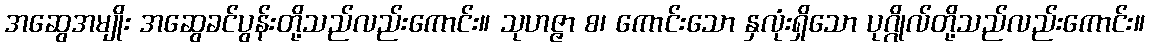
အဆွေအမျိုး အဆွေခင်ပွန်းတို့သည်လည်းကောင်း။ သုဟဇ္ဇာ စ၊ ကောင်းသော နှလုံးရှိသော ပုဂ္ဂိုလ်တို့သည်လည်းကောင်း။